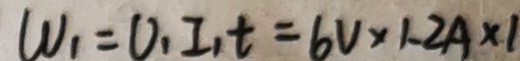
W _ { 1 } = V _ { 1 } I _ { 1 } t = 6 V \times 1 . 2 A \times 1